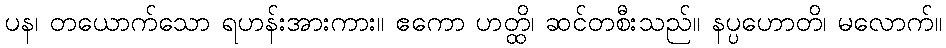
ပန၊ တယောက်သော ရဟန်းအားကား။ ဧကော ဟတ္ထိ၊ ဆင်တစီးသည်။ နပ္ပဟောတိ၊ မလောက်။